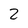
Character: 2